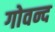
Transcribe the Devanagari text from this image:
गोवन्द